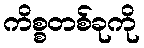
ကိစ္စတစ်ခုကို